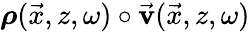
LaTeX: \boldsymbol{\rho}(\vec{x},z,\omega)\circ\vec{\mathbf v}(\vec{x},z,\omega)